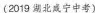
(2019 期北咸宁中考)